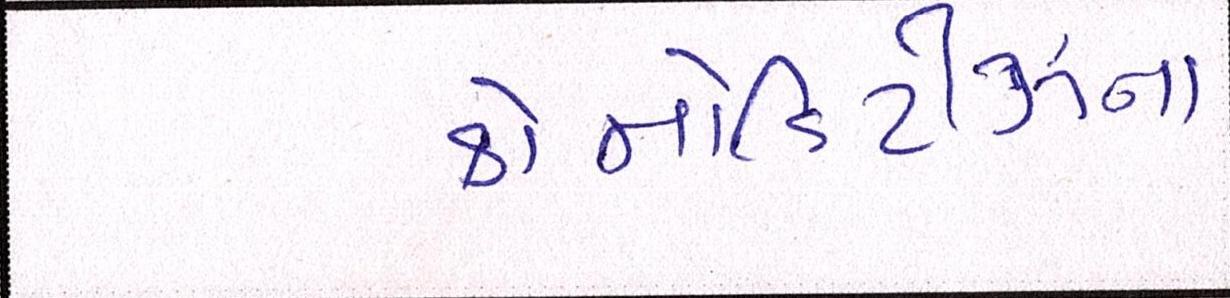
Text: કોમોડિટીઝના